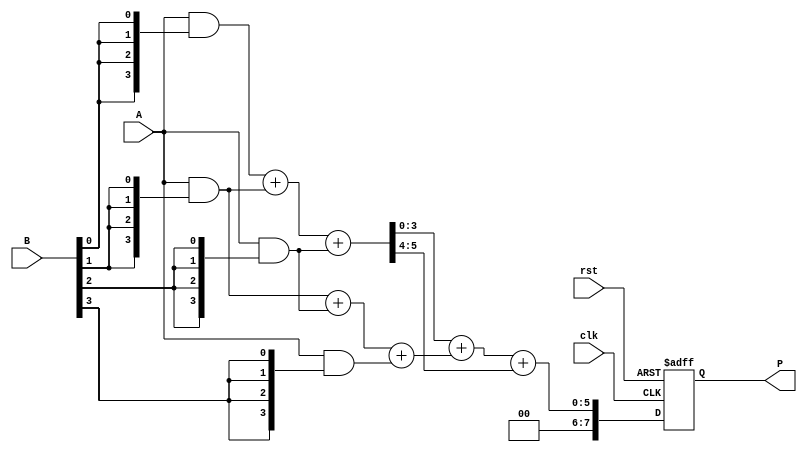
module WallaceTreeMultiplier #(
    parameter N = 4 // Bit width for multiplicands
) (
    input  wire [N-1:0] A, // Multiplicand
    input  wire [N-1:0] B, // Multiplier
    input  wire clk,       // Clock signal
    input  wire rst,       // Reset signal
    output reg [2*N-1:0] P // Product
);

    // Internal wires for partial products and intermediate sums/carry
    wire [N-1:0] pp [0:N-1]; // Partial products
    wire [N-1:0] sum [0:N-2]; // Partial sums and carry
    wire [N-1:0] carry [0:N-2];

    // Partial Product Generation
    genvar i, j;
    
    generate
        for (i = 0; i < N; i = i + 1) begin : gen_partial_products
            assign pp[i] = A & {N{B[i]}}; // Generate partial products
        end
    endgenerate

    // Wallace Tree Reduction
    integer k;
    always @(posedge clk or posedge rst) begin
        if (rst) begin
            P <= 0;
        end
        else begin
            // Reduction Stage
            for (k = 0; k < N; k = k + 1) begin
                if (k < N - 1) begin
                    {carry[k], sum[k]} = pp[k] + pp[k + 1] + (k < N-2 ? pp[k + 2] : 0);
                end
            end

            // Final Addition
            // You can implement a full adder or some other form of addition here
            P <= sum[0] + sum[1] + carry[0];
        end
    end
endmodule